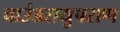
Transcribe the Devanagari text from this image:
चाउंडरायुपराण